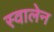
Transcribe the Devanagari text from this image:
स्वालेन